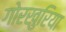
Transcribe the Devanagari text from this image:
गोरखुरिया